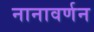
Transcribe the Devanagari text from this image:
नानावर्णन